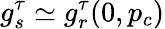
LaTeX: g_{s}^{\tau}\simeq g_{r}^{\tau}(0,p_{c})